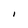
Character: l